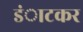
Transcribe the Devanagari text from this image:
डंाटकर